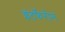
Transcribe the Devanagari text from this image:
इंटर्फेरोन